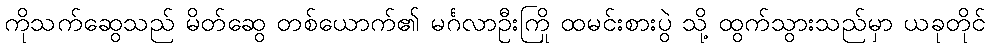
ကိုသက်ဆွေသည် မိတ်ဆွေ တစ်ယောက်၏ မင်္ဂလာဦးကြို ထမင်းစားပွဲ သို့ ထွက်သွားသည်မှာ ယခုတိုင်